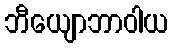
ဘီယျောဘာဝါယ